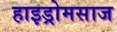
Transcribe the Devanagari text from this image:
हाइड्रोमसाज